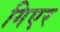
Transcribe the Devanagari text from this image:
गिएर